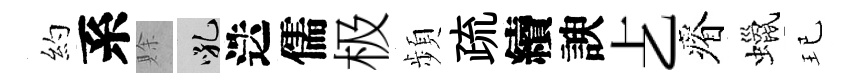
約系賖吼迭儒极頻疏續諛𠧒瘠蠟玘